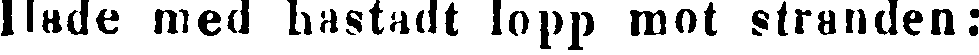
Hade med hastadt lopp mot stranden: